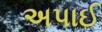
અપાઈ